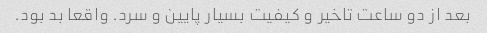
بعد از دو ساعت تاخیر و کیفیت بسیار پایین و سرد. واقعا بد بود.